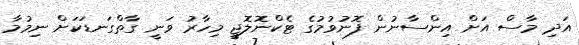
އަދި މާސް އަށް އިންސާނުން ފޮނުވުމުގެ ޓެކްނޮލޮޖީ މިހާރު ވަނީ ގާތްގަނޑަކަށް ނިމުމާ